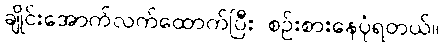
ချိုင်းအောက်လက်ထောက်ပြီး စဉ်းစားနေပုံရတယ်။